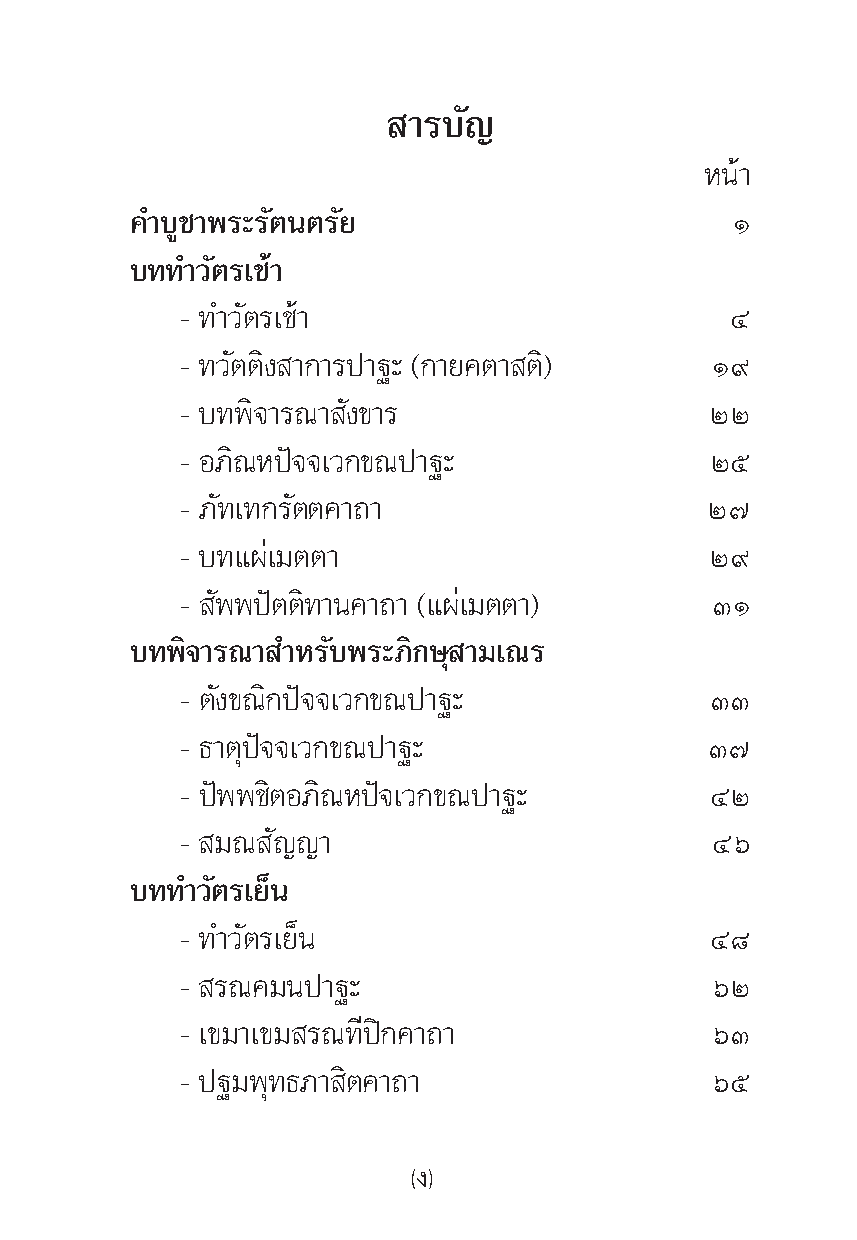
“√∫—≠
 Àπâ“
 §”∫Ÿ™“æ√–√—μπμ√—¬                      Ò
 ∫∑∑”«—μ√‡™â“
 - ∑”«—μ√‡™â“                        Ù
 - ∑«—μμ‘ß “°“√ª“∞– (°“¬§μ“ μ‘)     Ò˘
 - ∫∑æ‘®“√≥“ —ß¢“√                  ÚÚ
 - Õ¿‘≥Àªí®®‡«°¢≥ª“∞–               Úı
 - ¿—∑‡∑°√—μμ§“∂“                   Ú˜
 - ∫∑·ºà‡¡μμ“                       Ú˘
 - —ææªíμμ‘∑“π§“∂“ (·ºà‡¡μμ“)       ÛÒ
 ∫∑æ‘®“√≥“ ”À√—∫æ√–¿‘°…ÿ “¡‡≥√
 - μ—ß¢≥‘°ªí®®‡«°¢≥ª“∞–             ÛÛ
 - ∏“μÿªí®®‡«°¢≥ª“∞–                Û˜
 - ªíææ™‘μÕ¿‘≥Àªí®‡«°¢≥ª“∞–         ÙÚ
 - ¡≥  —≠≠“                         Ùˆ
 ∫∑∑”«—μ√‡¬Áπ
 - ∑”«—μ√‡¬Áπ                       Ù¯
 - √≥§¡πª“∞–                        ˆÚ
 - ‡¢¡“‡¢¡ √≥∑’ªî°§“∂“              ˆÛ
 - ª∞¡æÿ∑∏¿“ ‘μ§“∂“                 ˆı
 (ß)